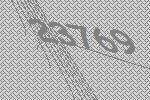
23769